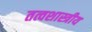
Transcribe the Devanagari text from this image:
तत्वशास्त्रीय